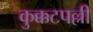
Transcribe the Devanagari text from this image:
कुक्कटपल्ली